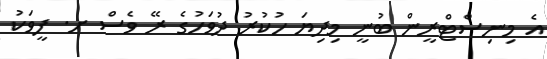
އެ މިނިސްޓްރީން ބުނީ މިދިޔަ ހުކުރު ދުވަހުގެ ރޭ ވެސް ށ. ފީވަކު